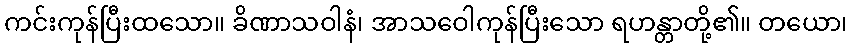
ကင်းကုန်ပြီးထသော။ ခိဏာသဝါနံ၊ အာသဝေါကုန်ပြီးသော ရဟန္တာတို့၏။ တယော၊